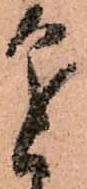
進